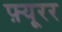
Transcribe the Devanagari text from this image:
फ़्यूरर